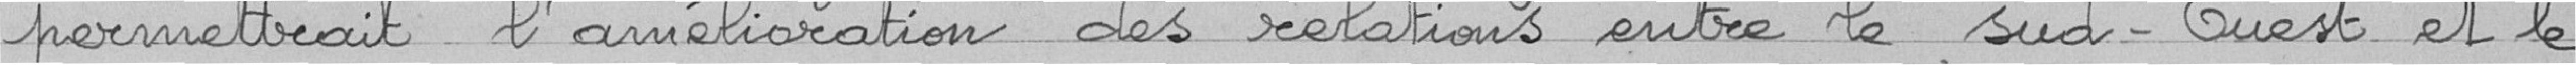
permettrait l'amélioration des relations entre le sud-ouest et le